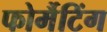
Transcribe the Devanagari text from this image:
फोर्मैटिंग